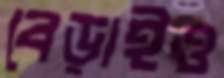
বেড়াইও